画像に写った文字を読んでください
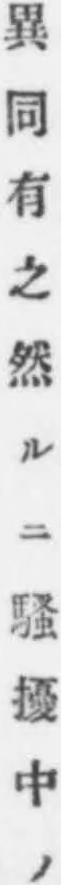
「異同有之然ルニ騒擾中ノ」と書いてあります